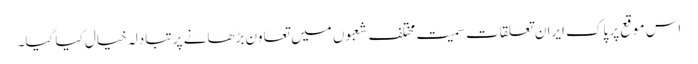
اس موقع پر پاک ایران تعلقات سمیت مختلف شعبوں میں تعاون بڑھانے پر تبادلہ خیال کیا گیا۔